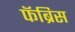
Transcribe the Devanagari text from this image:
फॅब्रिस